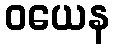
ဝယေန